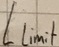
Text: Llimit